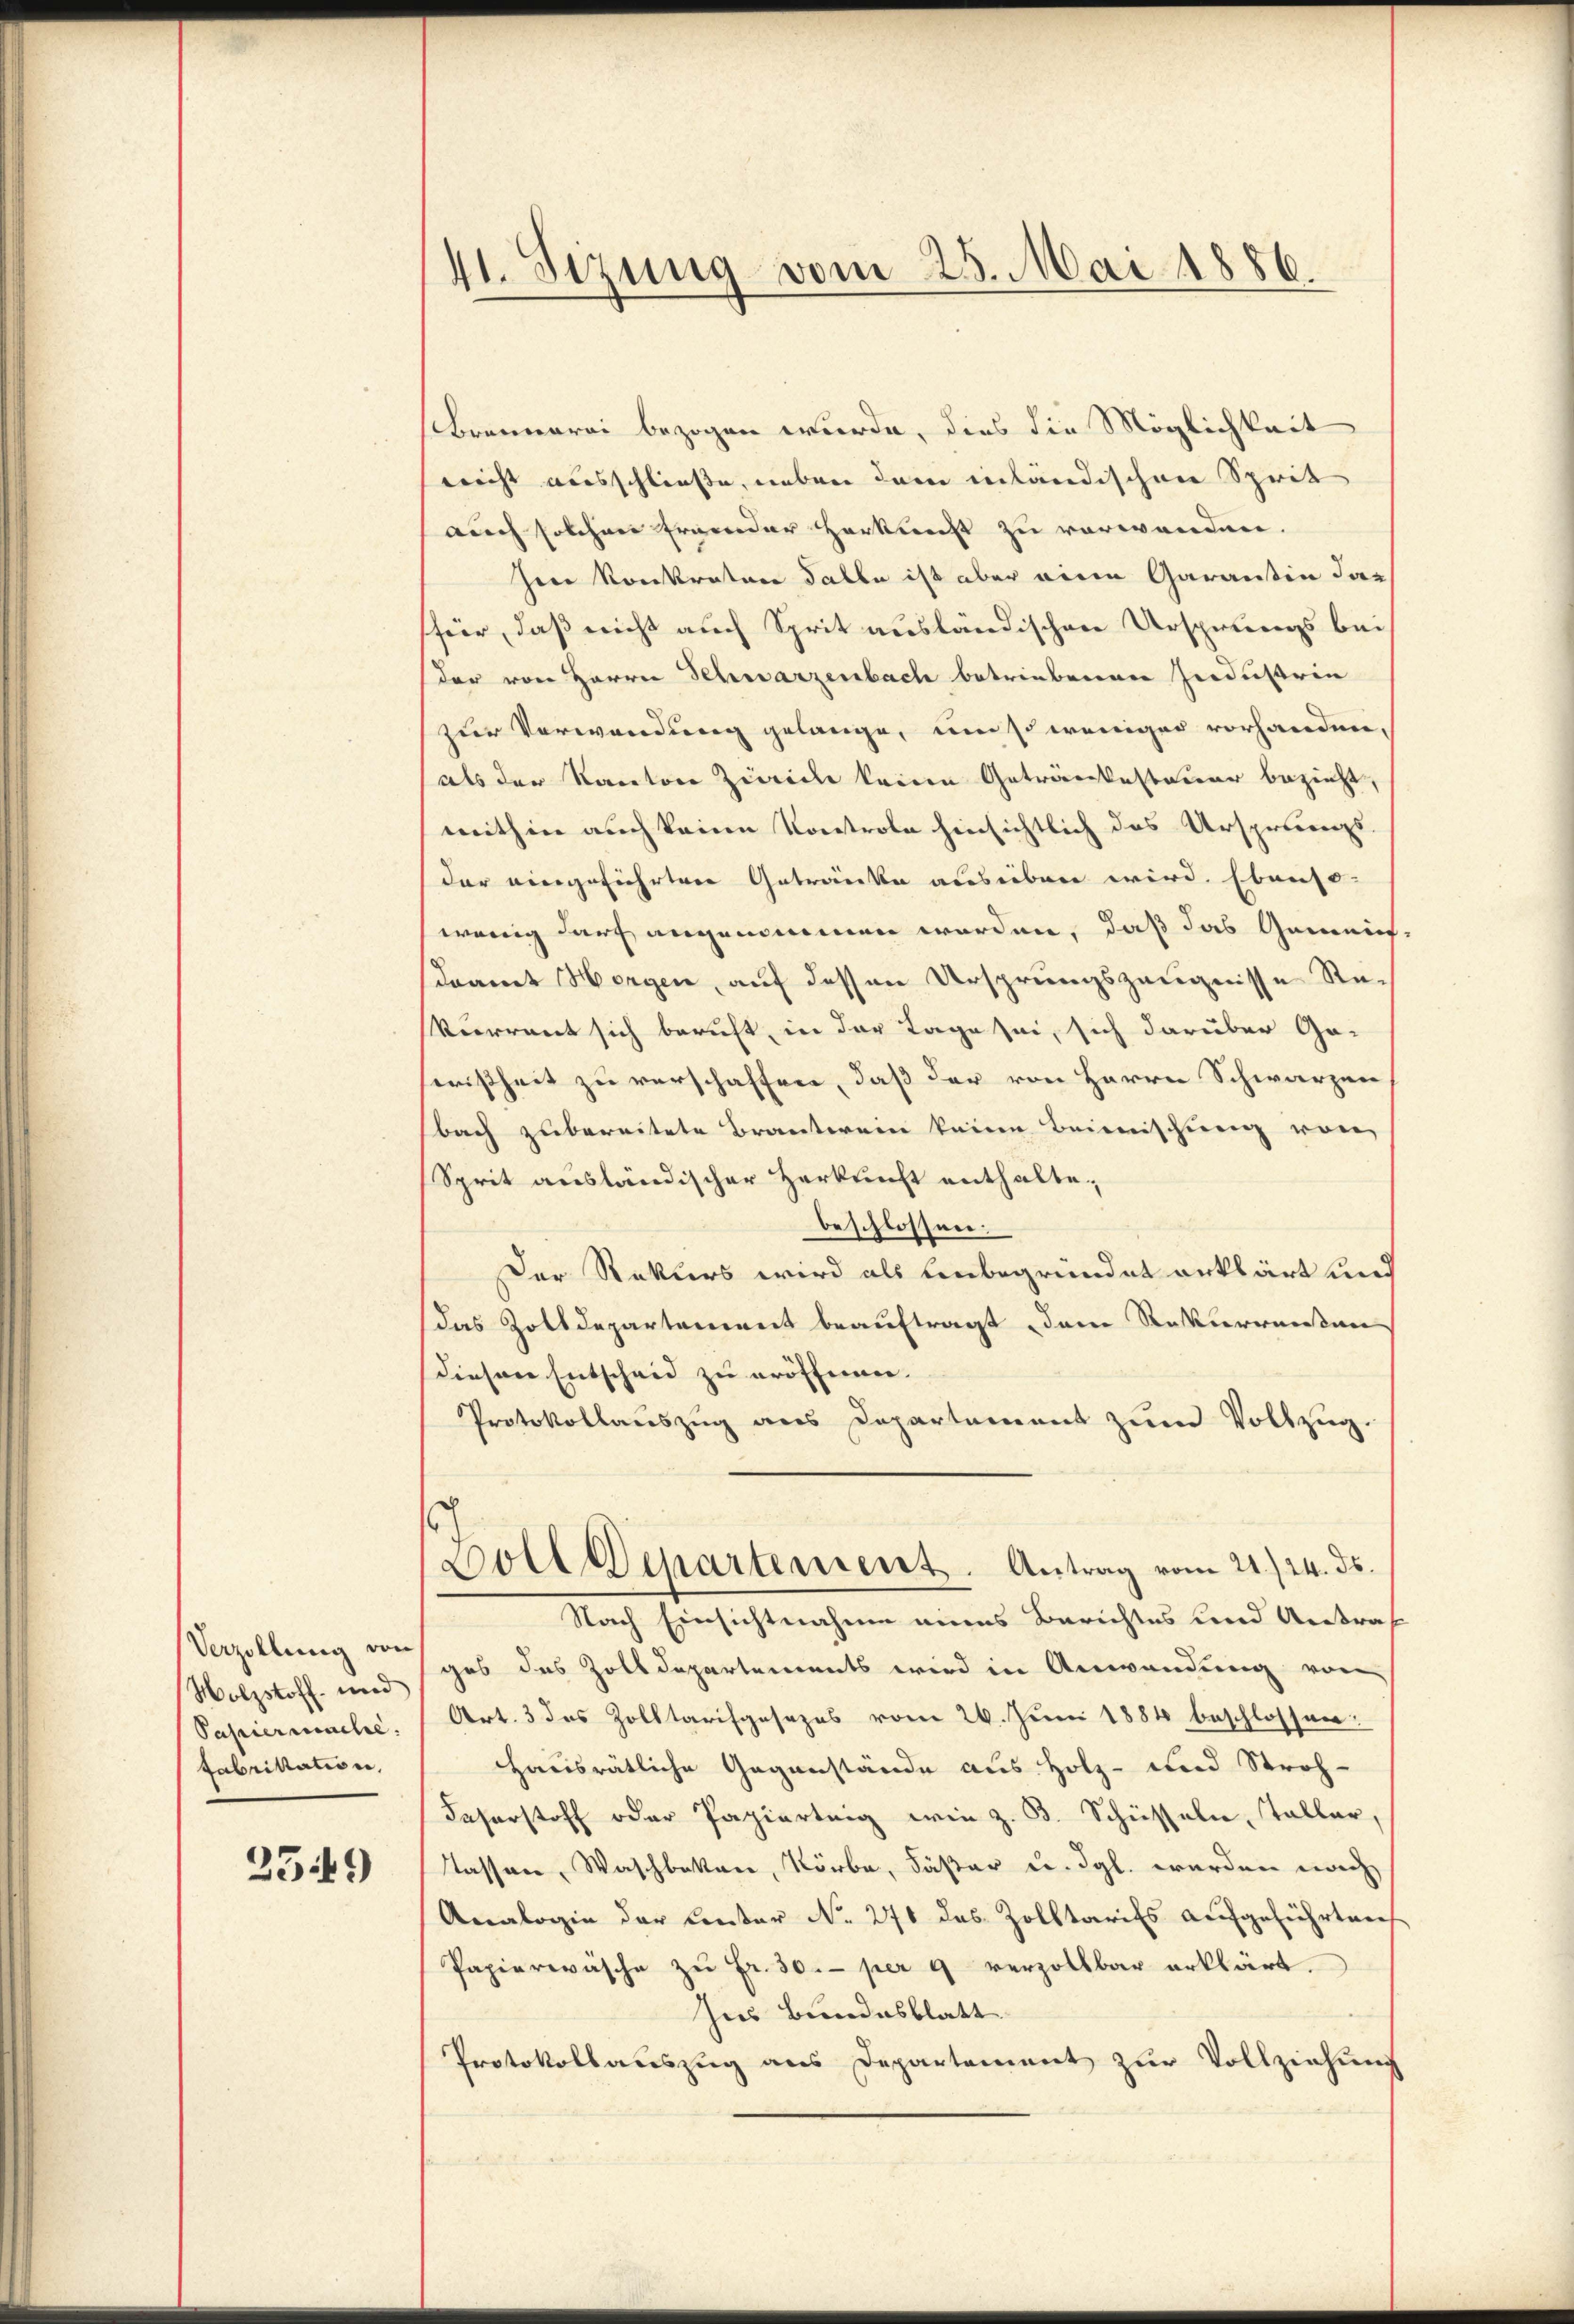
Molzstoff und
Papiermache.
fabrikation,

3349

41. Sizung vom 25. Mai 1886.

Brennerei bezogen wurde, dies die Möglichkeit
nicht ausschließe, neben dem inländischen Sprit
auch solchen Ernender Herkunft zu verwenden.
Herr Kontratore Salbe ist aber eine Garantin das
für, daß nicht auch Sprit ausländischen Ursprungs bei
der von Herrn Schwarzenbach betriebenen Industrin
zur Verwendung gelange, um so weniger vorhanden,
als der Kanton Zürich keine Getränkesteuer bezieht,
mithin auch keine Kontrole hinsichtlich das Ursprungs
(der eingeführten Getränke ausüben wird. Ebenso-
wenig darf angenommen werden, daß das Gemein
daamt Horgen, auf dessen Ursprungszeugnisse Rekurrent sich beruft, in der Tage sei, sich darüber Ge-
wrißheit zu verschaffen, daß der von Herrn Schwarzen
bach zubereitete Branterein keine Beimischung von
Sprit ausländischer Herkunft enthalte.
beschlossen:
Der Rekurs wird als Unbegründet erklärt und
das Zolldepartement beauftragt dem Rekurrenten
diesen Entscheid zu eröffenen. |
Protokollauszug aus Departement zum Vollzug.
Boll Departement. Antrag vom 21./24. ds.
Nach Einsichtnahme eines Berichtes und Antraf
Verzöllung vorges des Zolldepartements wird in Anwendung von
Art. 3 des Zolltarifgesezes vom 26. Juni 1884 beschlossen:
Hausrätliche Gegenstände aus Holz- und Stroh-
Faserstoff oder Papierteig wie z. B. Schüssalie, Taller,
Tassen, Waschbeken, Körbe, Fäßer u. dgl. werden nach
Analogie der Center No. 271 des Zolltarifs aufgeführten
Papierwäsche zŭ fr. 30. per 9 verzollbar erklärt.
Ins Bundesblatt
Protokollauszug aus Departement zur Vollziehung